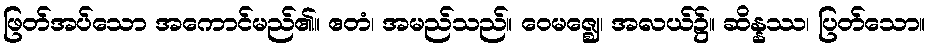
ဖြတ်အပ်သော အကောင်မည်၏။ ဧတံ၊ အမည်သည်။ ဝေမဇ္ဈေ၊ အလယ်၌။ ဆိန္နဿ၊ ပြတ်သော။